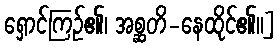
ရှောင်ကြဉ်၏၊ အစ္ဆတိ-နေထိုင်၏။]